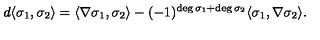
d \langle \sigma _ { 1 } , \sigma _ { 2 } \rangle = \langle \nabla \sigma _ { 1 } , \sigma _ { 2 } \rangle - ( - 1 ) ^ { \deg \sigma _ { 1 } + \deg \sigma _ { 2 } } \langle \sigma _ { 1 } , \nabla \sigma _ { 2 } \rangle .